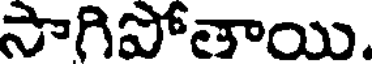
సాగిపోతాయి.